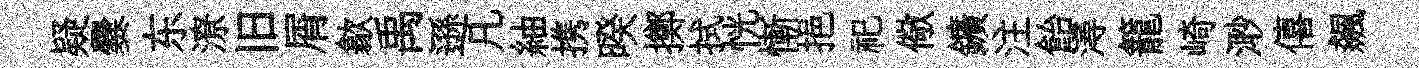
疑爨东潦旧屑歙禹遜凡紬携暌擲拭恍慚挹祀儆鑛注飴潯籠崎𣺌僖飆